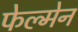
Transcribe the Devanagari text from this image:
फेल्मेन